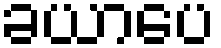
ခယာပေ